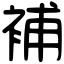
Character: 補